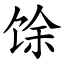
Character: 馀